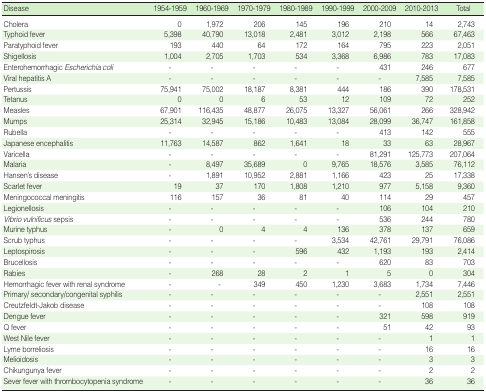
<table><thead><tr><td><b>Disease</b></td><td><b>1954-1959</b></td><td><b>1960-1969</b></td><td><b>1970-1979</b></td><td><b>1980-1989</b></td><td><b>1990-1999</b></td><td><b>2000-2009</b></td><td><b>2010-2013</b></td><td><b>Total</b></td></tr></thead><tbody><tr><td>Cholera</td><td>0</td><td>1,972</td><td>206</td><td>145</td><td>196</td><td>210</td><td>14</td><td>2,743</td></tr><tr><td>Typhoid fever</td><td>5,398</td><td>40,790</td><td>13,018</td><td>2,481</td><td>3,012</td><td>2,198</td><td>566</td><td>67,463</td></tr><tr><td>Paratyphoid fever</td><td>193</td><td>440</td><td>64</td><td>172</td><td>164</td><td>795</td><td>223</td><td>2,051</td></tr><tr><td>Shigellosis</td><td>1,004</td><td>2,705</td><td>1,703</td><td>534</td><td>3,368</td><td>6,986</td><td>783</td><td>17,083</td></tr><tr><td>Enterohemorrhagic <i>Escherichia coli</i></td><td>-</td><td>-</td><td>-</td><td>-</td><td>-</td><td>431</td><td>246</td><td>677</td></tr><tr><td>Viral hepatitis A</td><td>-</td><td>-</td><td>-</td><td>-</td><td>-</td><td>-</td><td>7,585</td><td>7,585</td></tr><tr><td>Pertussis</td><td>75,941</td><td>75,002</td><td>18,187</td><td>8,381</td><td>444</td><td>186</td><td>390</td><td>178,531</td></tr><tr><td>Tetanus</td><td>0</td><td>0</td><td>6</td><td>53</td><td>12</td><td>109</td><td>72</td><td>252</td></tr><tr><td>Measles</td><td>67,901</td><td>116,435</td><td>48,877</td><td>26,075</td><td>13,327</td><td>56,061</td><td>266</td><td>328,942</td></tr><tr><td>Mumps</td><td>25,314</td><td>32,945</td><td>15,186</td><td>10,483</td><td>13,084</td><td>28,099</td><td>36,747</td><td>161,858</td></tr><tr><td>Rubella</td><td>-</td><td>-</td><td>-</td><td>-</td><td>-</td><td>413</td><td>142</td><td>555</td></tr><tr><td>Japanese encephalitis</td><td>11,763</td><td>14,587</td><td>862</td><td>1,641</td><td>18</td><td>33</td><td>63</td><td>28,967</td></tr><tr><td>Varicella</td><td>-</td><td>-</td><td>-</td><td>-</td><td>-</td><td>81,291</td><td>125,773</td><td>207,064</td></tr><tr><td>Malaria</td><td>-</td><td>8,497</td><td>35,689</td><td>0</td><td>9,765</td><td>18,576</td><td>3,585</td><td>76,112</td></tr><tr><td>Hansen’s disease</td><td>-</td><td>1,891</td><td>10,952</td><td>2,881</td><td>1,166</td><td>423</td><td>25</td><td>17,338</td></tr><tr><td>Scarlet fever</td><td>19</td><td>37</td><td>170</td><td>1,808</td><td>1,210</td><td>977</td><td>5,158</td><td>9,360</td></tr><tr><td>Meningococcal meningitis</td><td>116</td><td>157</td><td>36</td><td>81</td><td>40</td><td>114</td><td>29</td><td>457</td></tr><tr><td>Legionellosis</td><td>-</td><td>-</td><td>-</td><td>-</td><td>-</td><td>106</td><td>104</td><td>210</td></tr><tr><td><i>Vibrio vulnificus</i> sepsis</td><td>-</td><td>-</td><td>-</td><td>-</td><td>-</td><td>536</td><td>244</td><td>780</td></tr><tr><td>Murine typhus</td><td>-</td><td>0</td><td>4</td><td>4</td><td>136</td><td>378</td><td>137</td><td>659</td></tr><tr><td>Scrub typhus</td><td>-</td><td>-</td><td>-</td><td>-</td><td>3,534</td><td>42,761</td><td>29,791</td><td>76,086</td></tr><tr><td>Leptospirosis</td><td>-</td><td>-</td><td>-</td><td>596</td><td>432</td><td>1,193</td><td>193</td><td>2,414</td></tr><tr><td>Brucellosis</td><td>-</td><td>-</td><td>-</td><td>-</td><td>-</td><td>620</td><td>83</td><td>703</td></tr><tr><td>Rabies</td><td>-</td><td>268</td><td>28</td><td>2</td><td>1</td><td>5</td><td>0</td><td>304</td></tr><tr><td>Hemorrhagic fever with renal syndrome</td><td>-</td><td>-</td><td>349</td><td>450</td><td>1,230</td><td>3,683</td><td>1,734</td><td>7,446</td></tr><tr><td>Primary/secondary/congenital syphilis</td><td>-</td><td>-</td><td>-</td><td>-</td><td>-</td><td>-</td><td>2,551</td><td>2,551</td></tr><tr><td>Creutzfeldt-Jakob disease</td><td>-</td><td>-</td><td>-</td><td>-</td><td>-</td><td>-</td><td>108</td><td>108</td></tr><tr><td>Dengue fever</td><td>-</td><td>-</td><td>-</td><td>-</td><td>-</td><td>321</td><td>598</td><td>919</td></tr><tr><td>Q fever</td><td>-</td><td>-</td><td>-</td><td>-</td><td>-</td><td>51</td><td>42</td><td>93</td></tr><tr><td>West Nile fever</td><td>-</td><td>-</td><td>-</td><td>-</td><td>-</td><td>-</td><td>1</td><td>1</td></tr><tr><td>Lyme borreliosis</td><td>-</td><td>-</td><td>-</td><td>-</td><td>-</td><td>-</td><td>16</td><td>16</td></tr><tr><td>Melioidosis</td><td>-</td><td>-</td><td>-</td><td>-</td><td>-</td><td>-</td><td>3</td><td>3</td></tr><tr><td>Chikungunya fever</td><td>-</td><td>-</td><td>-</td><td>-</td><td>-</td><td>-</td><td>2</td><td>2</td></tr><tr><td>Sever fever with thrombocytopenia syndrome</td><td>-</td><td>-</td><td>-</td><td>-</td><td>-</td><td>-</td><td>36</td><td>36</td></tr></tbody></table>